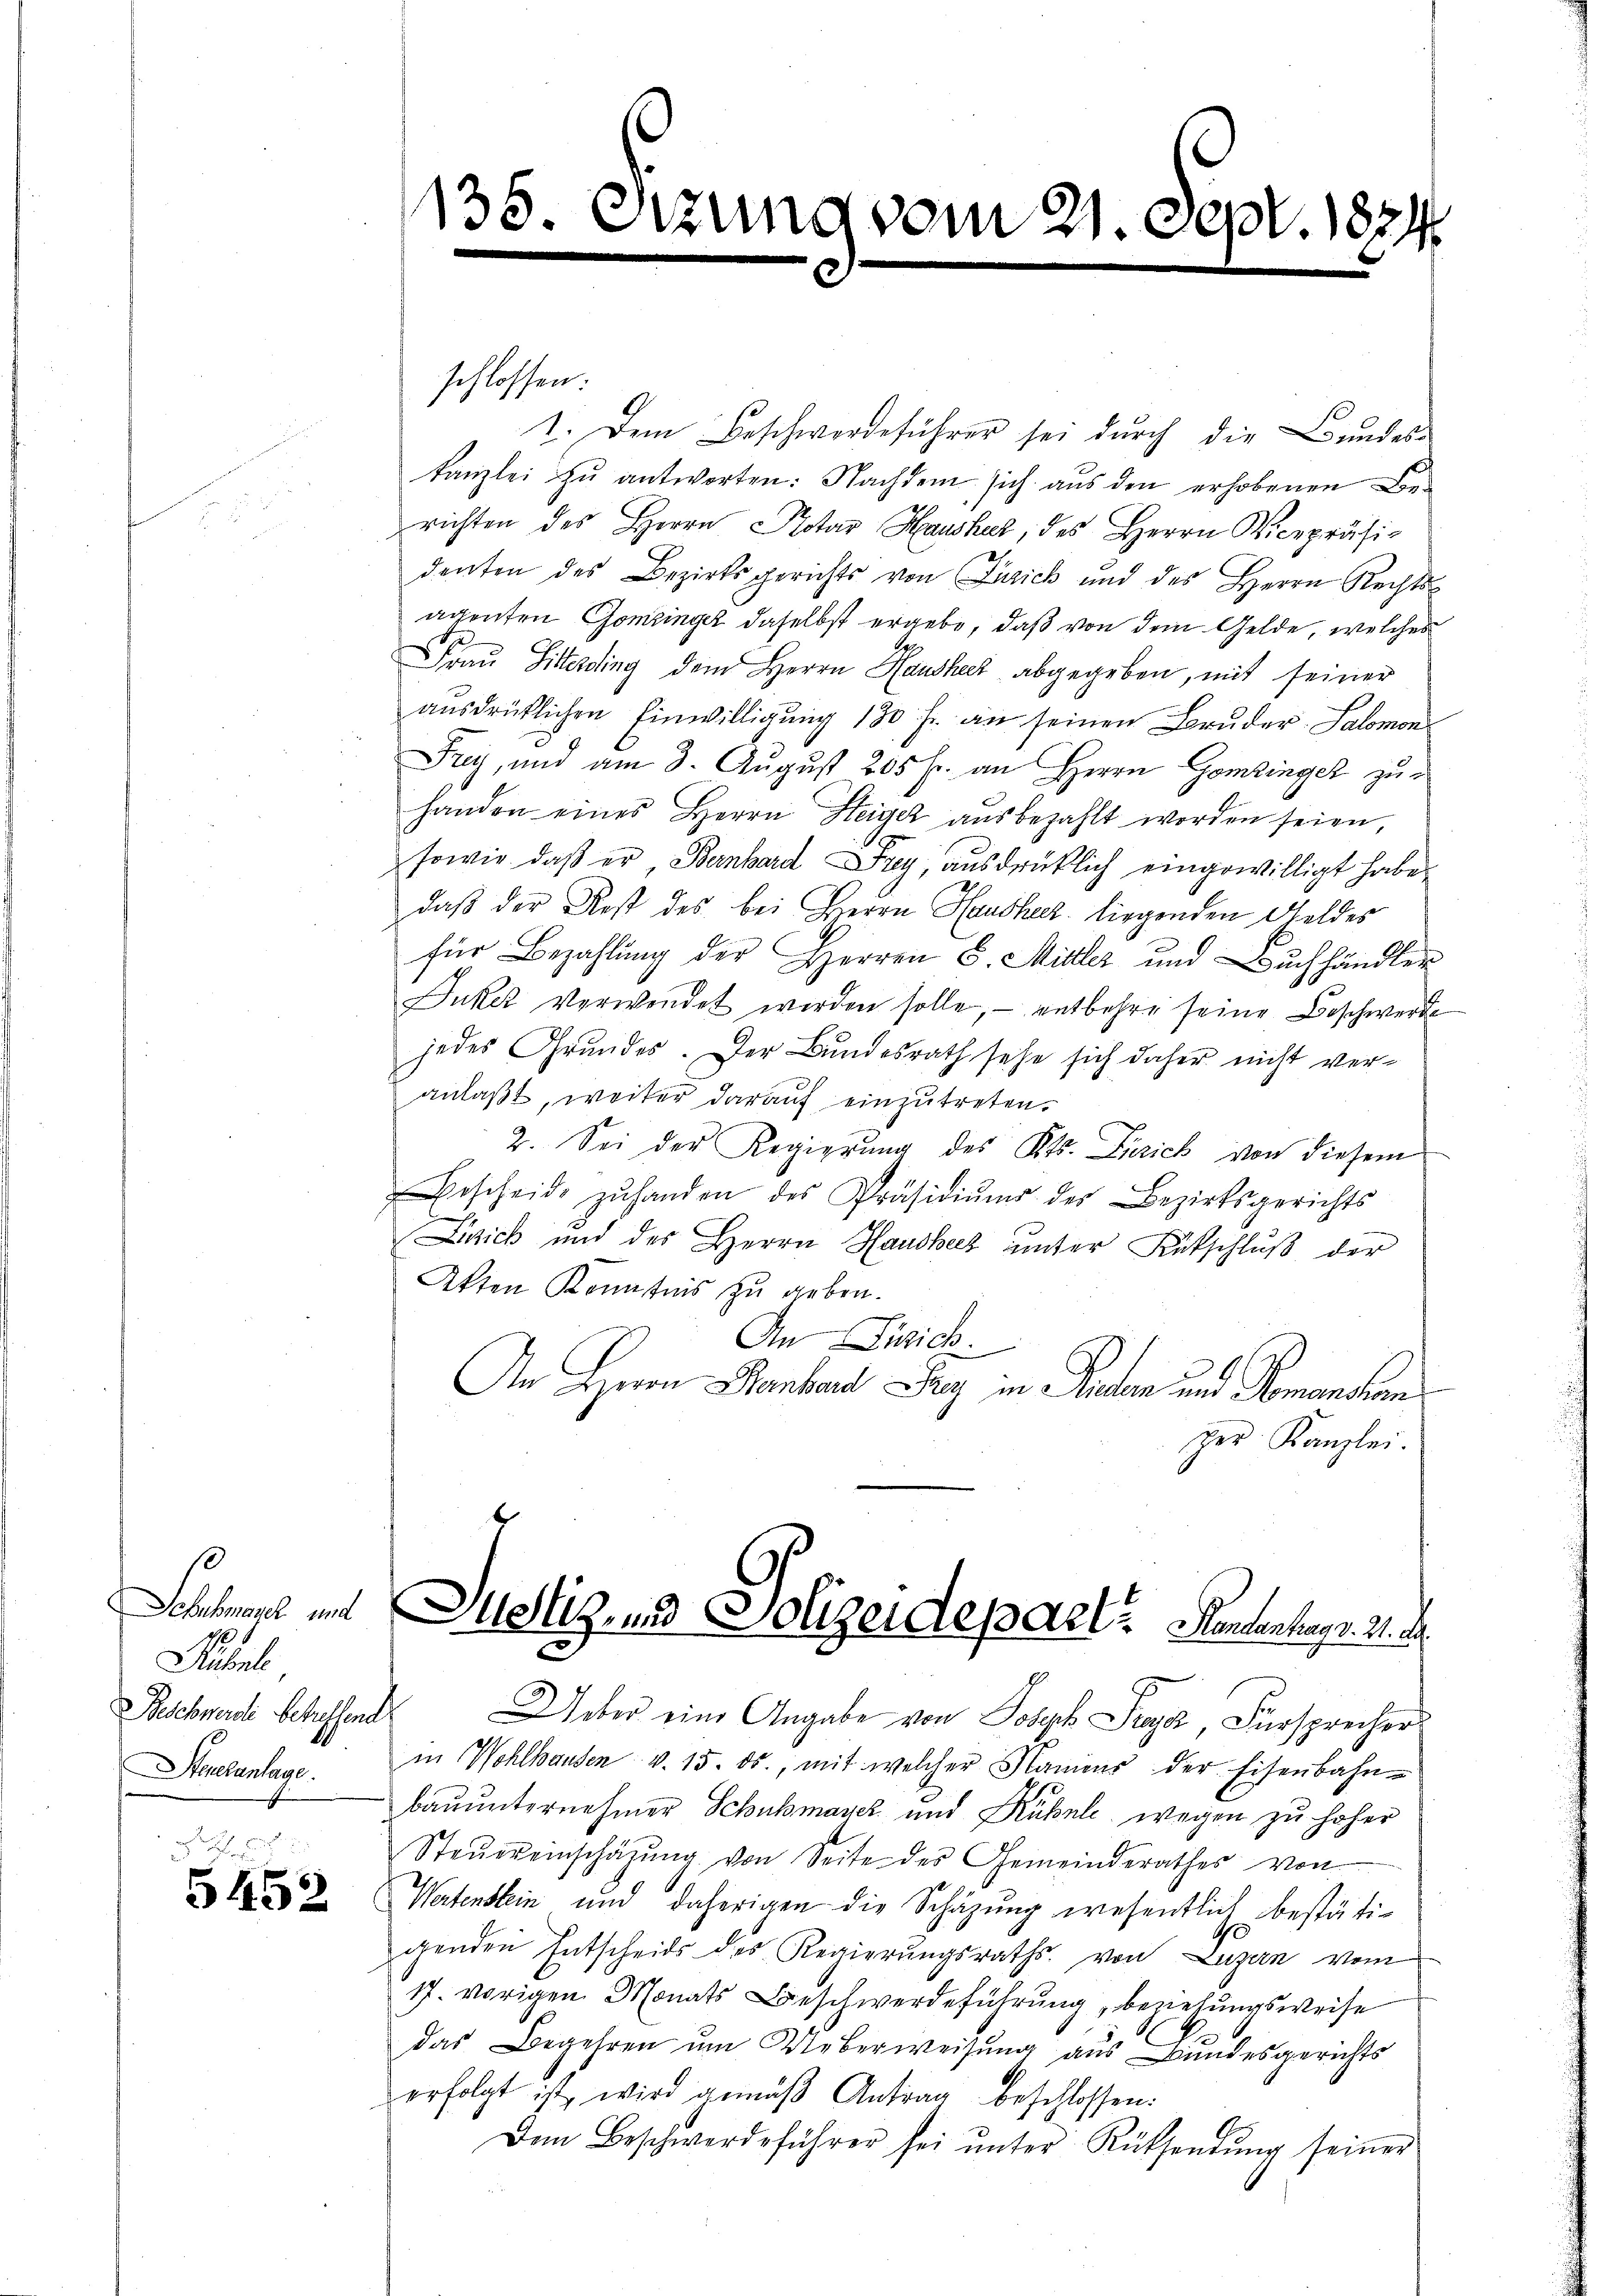
Schement und
Subenle
eschwerde Schussend
Steueranlage.

5452

135. Sitzung vom 21. Sept. 1874

schlossen:
I. Dem Beschwerdeführer sei durch die Bundes-
kanzlei zu antworten: Nachdem sich aus den erhobenen Berichten des Herrn Potar Haushat, des Herrn Vicepräsi-
denten des Bezirksgerichts von Zürich und des Herrn Rechts-
agenten Gomzinger daselbst ergebe, daß von dem Gelde, welches
Fraŭ Sitterding dem Herrn Hausher abgegeben, mit seiner
aŭsdrücklichen Einwilligŭng 130 fr. an seinen Bruder-Salomon
Frey, und am 3. Aŭgŭst 205 f. an Herrn Gomzinger zuhanden eines Herrn Heiger aŭsbezahlt worden seien,
sowie daß er Bernhard Frey, ausdrücklich eingewilligt habe.
daß der Rest des bei Herrn Hausher liegenden Geldes
für Bezahlung der Herren S. Mitter und Buchhändler
Juker verwendet werden solle, entbehre seine Beschwerde
jedes Grundes. Der Bundesrath sehe sich daher nicht veranlaßt, weiter darauf einzutreten.
2. Sei der Regierung des Kts. Zürich von diesem
Bescheide zŭ handen des Präsidiŭms des Bezirksgerichts
Lisick und des Herrn Haushecz unter Rückschluß der
Akten Kenntnis zu geben.
An Zürich.
An Herrn Hanhard Sey in Rechen und Tomanchen
Her Kanzlei.
Justiz- und Polizeidepart? Nachher a
Ueber eine Angabe von Josyk Frey Fürsprecher
in Wohlhausen v. 15. ds., mit welcher Namens der Eisenbahn-
bauunternehmer Schuhmayer und Rübel wegen zu hoher
Steŭereinschatzŭng von Seite des Gemeinderathes von
Wertenstein und daherigen die Schäzŭng wesentlich bestäti-
genden Entscheids des Regierungsraths von Luzern vom
17. vorigen Monats Beschwerdeführung, beziehungsweise
das Begehren um Ueberweisung aus Bundesgerichts
erfolgt ist, wird gemäβ Antrag beschlossen:
Dem Beschwerdeführer sei ŭnter Rücksendŭng seiner